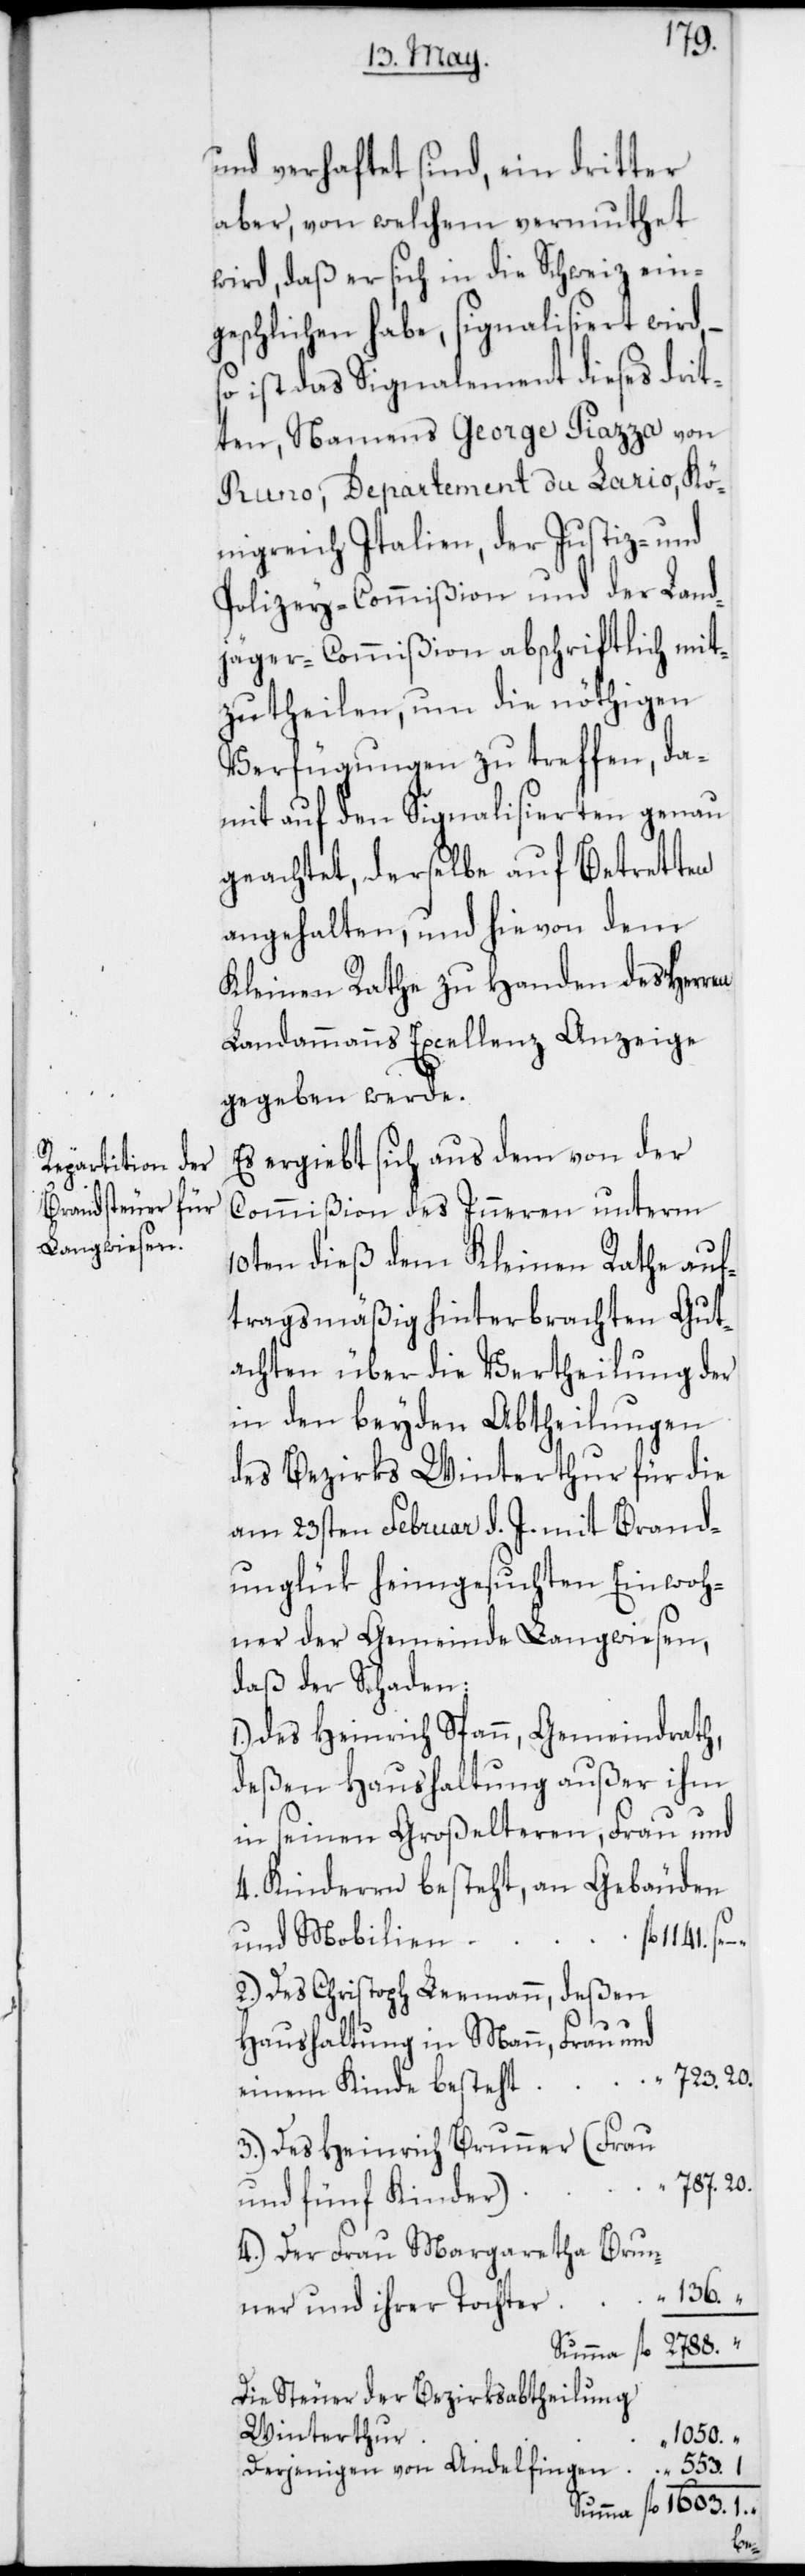
1.
und verhaftet sind, ein dritter
aber, von welchem vermuthet
wird, daß er sich in die Schweiz ein¬
geschlichen habe, signalisiert wird,
so ist das Signalement dieses drit¬
ten, Namens George Piazza von
Runo, Departement du Lario, Kö¬
nigreich Italien, der Justiz- und
Polizey-Commißion und der Land¬
jäger-Commißion abschriftlich mit¬
zutheilen, um die nöthigen
Verfügungen zu treffen, da¬
mit auf den Signalisierten genau
geachtet, derselbe auf Betretten
angehalten, und hievon dem
Kleinen Rathe zu Handen des Herren
Landammanns Excellenz Anzeige
gegeben werde.
Es ergiebt sich aus dem von der
Commißion des Inneren unterm
10ten dieß dem Kleinen Rathe auf¬
tragsmäßig hinterbrachten Gut¬
achten über die Vertheilung der
in den beyden Abbtheilungen
des Bezirks Winterthur für die
am 23sten Februar d. J. mit Brand¬
unglük heimgesuchten Einwoh¬
ner der Gemeinde Langwiesen,
daß der Schaden
1.) des Heinrich Spann, Gemeindrath,
deßen Haushaltung außer ihm
in seinen Großelteren, Frau und
4. Kinderen besteht, an Gebäuden
und Mobilien
2.) Des Christoph Leemann, deßen
Haushaltung in Mann, Frau und
einem Kinde besteht
3.) Des Heinrich Brunner (Frau
und fünf Kinder)
4.) Der Frau Margaretha Brun¬
ner und ihrer Tochter
1603.
Summa
Die Steuer der Bezirksabtheilung
Winterthur
1050.
Derjenigen von Andelfingen